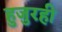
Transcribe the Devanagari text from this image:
हुजुरही